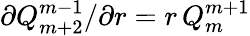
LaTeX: \partial Q_{m+2}^{m-1}/\partial r=r\, Q_{m}^{m+1}